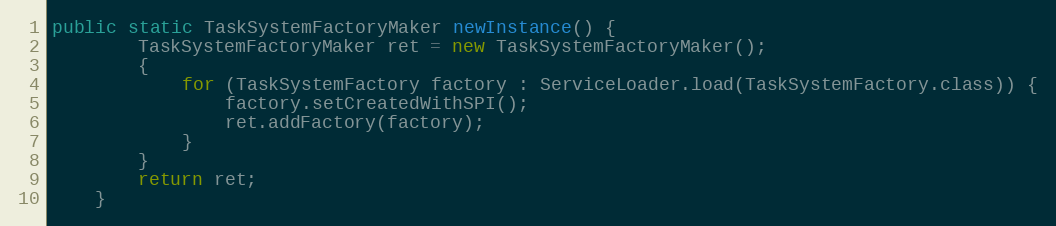
Language: Java
public static TaskSystemFactoryMaker newInstance() {
		TaskSystemFactoryMaker ret = new TaskSystemFactoryMaker();
		{
			for (TaskSystemFactory factory : ServiceLoader.load(TaskSystemFactory.class)) {
				factory.setCreatedWithSPI();
				ret.addFactory(factory);
			}
		}
		return ret;
	}